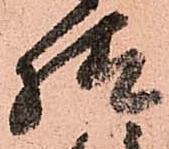
様